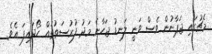
މެޗުގައި ޖަޕާނުން ވެސް ވަނީ ލަނޑު ޖަހާނެ މަދު ފުރުސަތުތައް ހޯދައިފަ އެވެ.